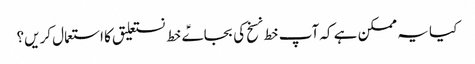
کیا یہ ممکن ہے کہ آپ خط نسخ کی بجاےؑ خط نستعلیق کا استعمال کریں؟